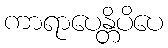
ကာရာပေန္တိပိပေ